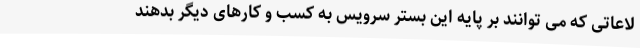
لاعاتی که می توانند بر پایه این بستر سرویس به کسب و کارهای دیگر بدهند